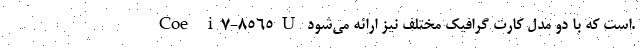
Coe i7-8565U است که با دو مدل کارت گرافیک مختلف نیز ارائه می‌شود.